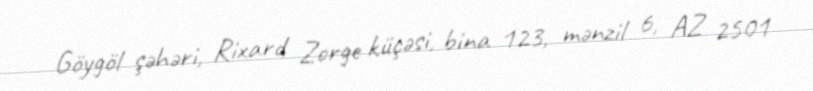
Göygöl şəhəri, Rixard Zorge küçəsi, bina 123, mənzil 6, AZ 2501